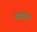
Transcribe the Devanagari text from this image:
सौदागिरी